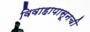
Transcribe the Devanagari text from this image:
विवाहापासूनची